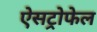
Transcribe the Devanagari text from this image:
ऐसट्रोफेल